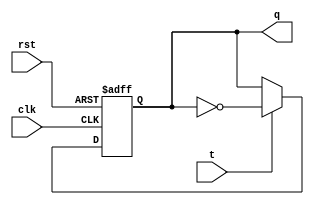
module t_ff(clk,rst,t,q);
  
input clk, rst, t;
output reg q = 1'b0;

always @(posedge clk, negedge rst)
  if(!rst) q<=1'b0;
  else if(t) q=~q;
  else q=q;

endmodule